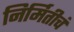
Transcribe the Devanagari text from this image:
निर्मितीचं